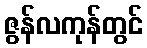
ဇွန်လကုန်တွင်